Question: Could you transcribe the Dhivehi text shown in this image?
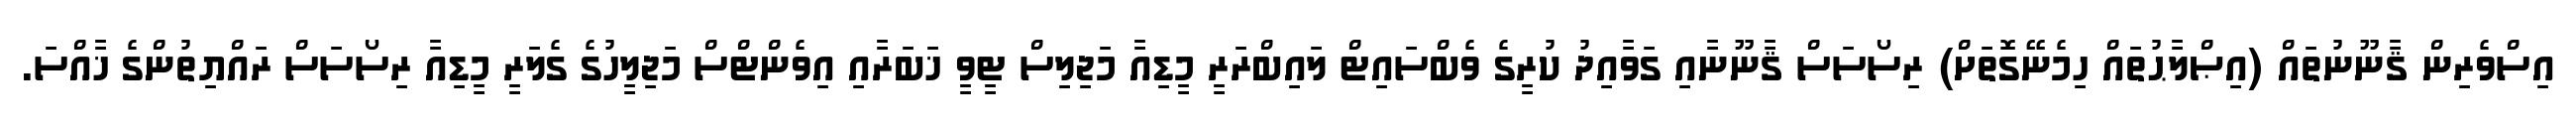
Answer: އިސްވެރިން ޤާނޫނުތައް (އިޞްލާޙުތައް ހިމެނޭގޮތަށް) ރިސޯސަސް ޤާނޫނާއި ގަވާއިދު ކުރީގެ ވެބްސައިޓް ލައިބްރަރީ މީޑިއާ މަޖިލިސް ޓީވީ ޚަބަރާއި އިވެންޓްސް މަޖިލީހުގެ ގެލަރީ މީޑިއާ ރިސޯސަސް ރައްޔިތުންގެ ޚާއްސަ.